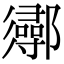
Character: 𨟌